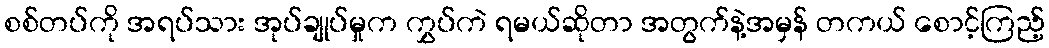
စစ်တပ်ကို အရပ်သား အုပ်ချုပ်မှုက ကွှပ်ကဲ ရမယ်ဆိုတာ အတွက်နဲ့အမှန် တကယ် စောင့်ကြည့်